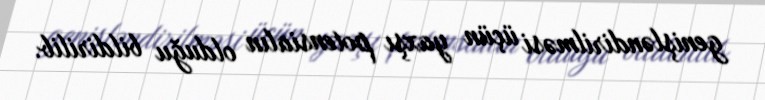
genişləndirilməsi üçün yaxşı potensialın olduğu bildirilib.